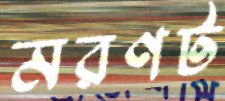
মরণট